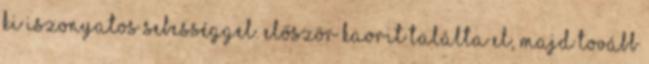
ki iszonyatos sebességgel. Először Kaorit találta el, majd tovább